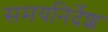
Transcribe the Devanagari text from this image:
समयनिर्देश